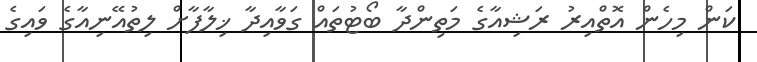
ކަން މިހެން އޮތްއިރު ރަޝިއާގެ މަތިންދާ ބޯޓުތައް ގަވާއިދާ ޚިލާފާށް ލިތުއޭނިއާގެ ވައިގެ